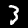
Label: 3